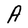
Character: A